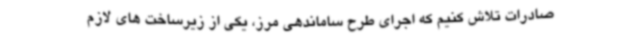
صادرات تلاش کنیم که اجرای طرح ساماندهی مرز، یکی از زیرساخت های لازم